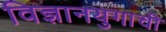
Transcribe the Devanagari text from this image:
विज्ञानयुगाची